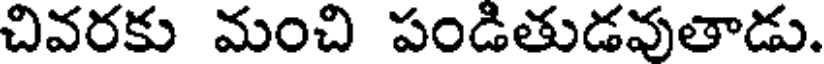
చివరకు మంచి పండితుడవుతాడు.